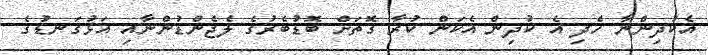
އެކުދިންނާ ހެދި އެ ކުދިން އެކަން ކުރާ ގޮތަށް ބޮޑުބެރުގެ ލެޖެންޑުންނާއި އަޅުގަނޑުގެ